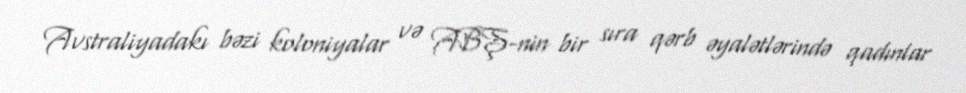
Avstraliyadakı bəzi koloniyalar və ABŞ-nin bir sıra qərb əyalətlərində qadınlar